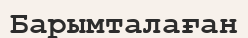
Барымталаған